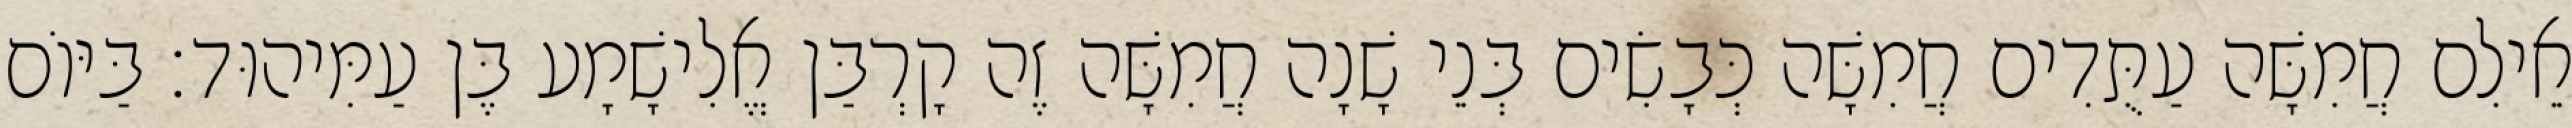
אֵילִם חֲמִשָּׁה עַתֻּדִים חֲמִשָּׁה כְּבָשִׂים בְּנֵי שָׁנָה חֲמִשָּׁה זֶה קָרְבַּן אֱלִישָׁמָע בֶּן עַמִּיהוּד׃ בַּיּוֹם